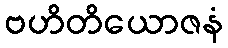
ဗဟိတိယောဇနံ